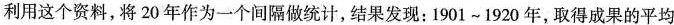
利用这个资料，将20年作为一个间隔做统计，结果发现：1901~1920年，取得成果的平均